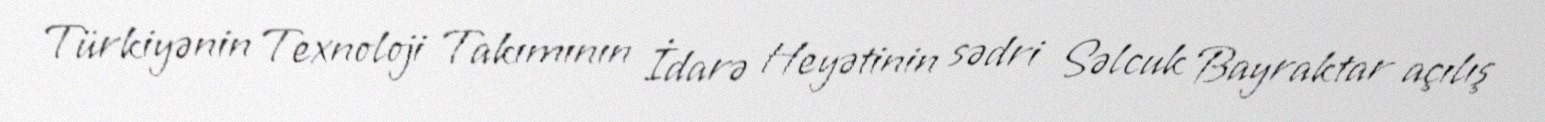
Türkiyənin Texnoloji Takımının İdarə Heyətinin sədri Səlcuk Bayraktar açılış